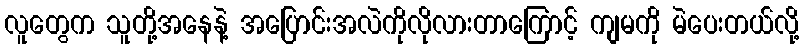
လူတွေက သူတို့အနေနဲ့ အပြောင်းအလဲကိုလိုလားတာကြောင့် ကျမကို မဲပေးတယ်လို့